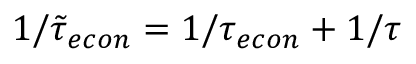
1 / \tilde { \tau } _ { e c o n } = { 1 / { \tau _ { e c o n } } } + 1 / \tau